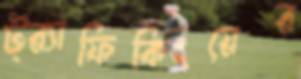
ট্র্যাফিকিংয়ের